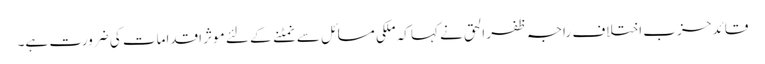
قائد حزب اختلاف راجہ ظفر الحق نے کہا کہ ملکی مسائل سے نمٹنے کے لئے موثر اقدامات کی ضرورت ہے۔